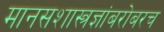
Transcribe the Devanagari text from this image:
मानसशास्त्रज्ञांबरोबरच